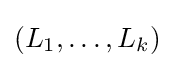
(L_{1},\dots ,L_{k})